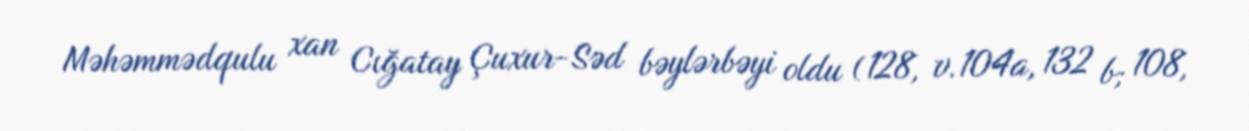
Məhəmmədqulu xan Cığatay Çuxur-Səd bəylərbəyi oldu (128, v.104a, 132 b; 108,